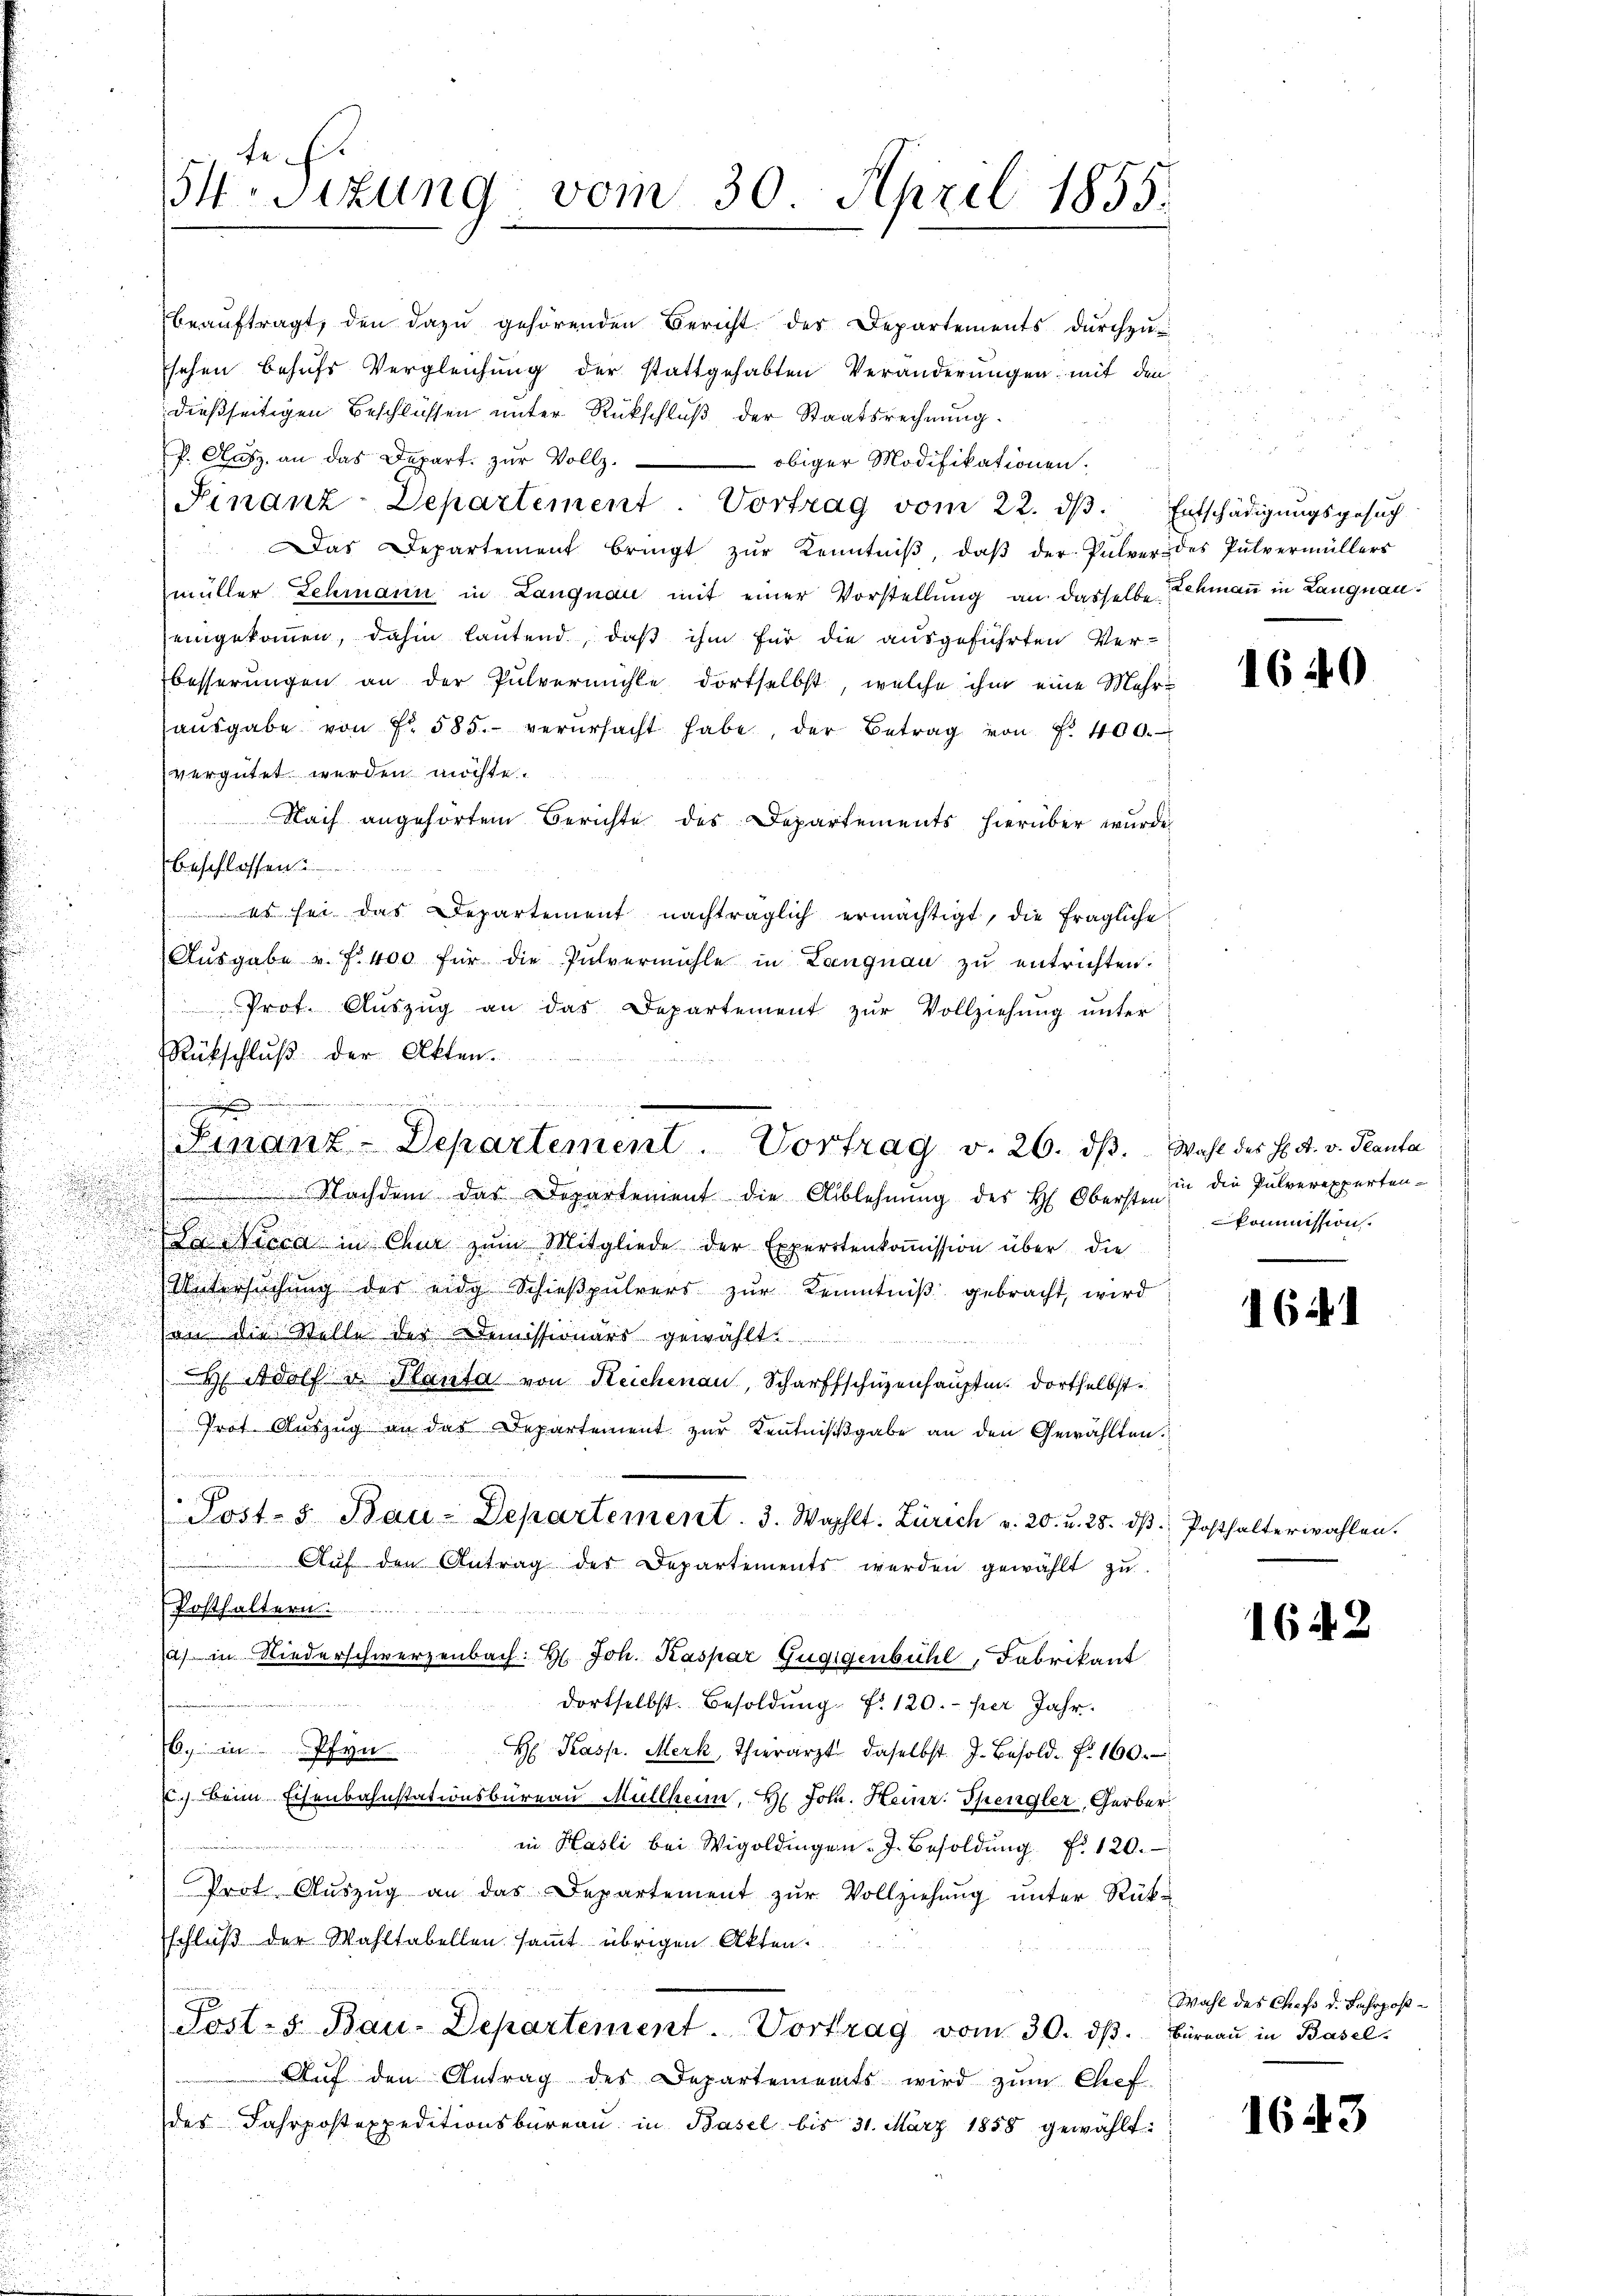
i
¬

beaŭftragt, den dazŭ gehörenden Bericht der Departements dŭrchzŭ-
sehen behufs Vergleichung der stattgehabten Veränderungen mit den
dießseitigen Beschlüssen unter Rückschluß der Staatsrechnung.
f. Ausz an das Depart. zŭr Vollz
 obiger Modifikationen.
Finanz-Departement Vortrag vom 22. dβ. Entschädigŭngsgesŭch
Das Departement bringt zŭr Kenntniβ, daβ der Pulver des Pulvermüllers
i
müller Lehmann in Langnau mit einer Vorstellung an dasselbe Schmann in Langnaueingekommen, dahin lautend, daß ihm für die ausgeführten Ver-
besserungen an der Pulvermühle dortselbst, welche ihm eine Mehr-
aŭsgabe von Fr. 585. verŭrsacht habe, der Betrag von f. 400.
vergütet werden möchte.
Nach angehörten Berichte des Departements hierüber wurde
beschlossen
 sei das Departement nachträglich ermächtigt, die fragliche
.
Aŭsgabe v. f. 400 für die Pulvermühle in Langnau zu entrichten:
2
Prot. Aŭszŭg an das Departement zŭr Vollziehŭng ŭnter
.
Rückschluß der Akten.
e

d
un

Nachdem das Departement die Ablehnŭng des H. Oberster die Pulverexperten-

.
.Der Mecca in Chur zum Mitgliede der Expertenkoṁission über die
Untersŭchŭng der eidg Schieβpŭlvers zŭr Kenntniβ gebracht, wird
.
on die Stelle der Demissionärs gewählt.
H. Adolf u. Planta von Reichenau, Scharfschüzenhaupten dortselbst.
.
Prot. Auszug an das Departement zur Kenntnißgabe an den Gewählten.
Post- & Bau-Departement. 3. Wahlt. Zürich v. 20. v. 25. ds.
 Aŭf den Antrag der Departements werden gewählt zŭ
u
Posthaltern
a) in Niederschwerzenbach: H. Joh. Kaspar Guggenbühl, Fabrikant
dortselbst. Besoldŭng f. 120.- per Jahr.
6. in Pfyn
H Kasp. Merk, Thierarzt daselbst. J. Besold. . 160.
). Beim Eisenbahnstationsbüreau Müllheim, H. Joh. Heinr. Spengler, Gerber
in Hasli bei Wigoldingen. J. Besoldŭng f. 120.
Prot. Aŭszŭg an das Departement zŭr Vollziehŭng ŭnter Rück-
schluß der Wahltabellen samt übrigen Akten.
Post-s Bau-Departement. Vortrag vom 30. dβ. Büreaŭ in Basel.
Aŭf den Antrag des Departements wird zŭm Chef
des Jahrpostexpeditionsbüreaŭ in Basel bis 31. März 1858 gewählt:
.

fe
Isizung vom 30. April 1855.

man ihre in in werden

Finanz-Departement. Vortrag v. 26. dβ. Wahl des H. A. v. Planta

1640

kommission.

1621

Posthalterwahlen.

1642

Wahl des Chefs d. Fahrpos

1643